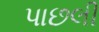
પાછલી